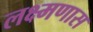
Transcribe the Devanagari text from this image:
लक्ष्मणास